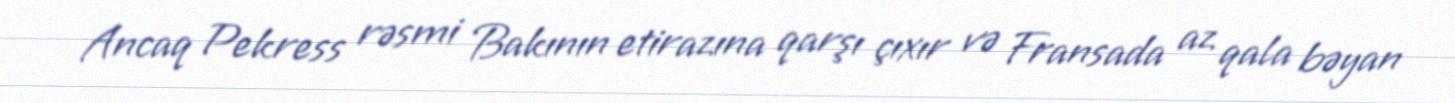
Ancaq Pekress rəsmi Bakının etirazına qarşı çıxır və Fransada az qala bəyan